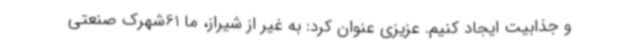
و جذابیت ایجاد کنیم. عزیزی عنوان کرد: به غیر از شیراز، ما 61شهرک صنعتی